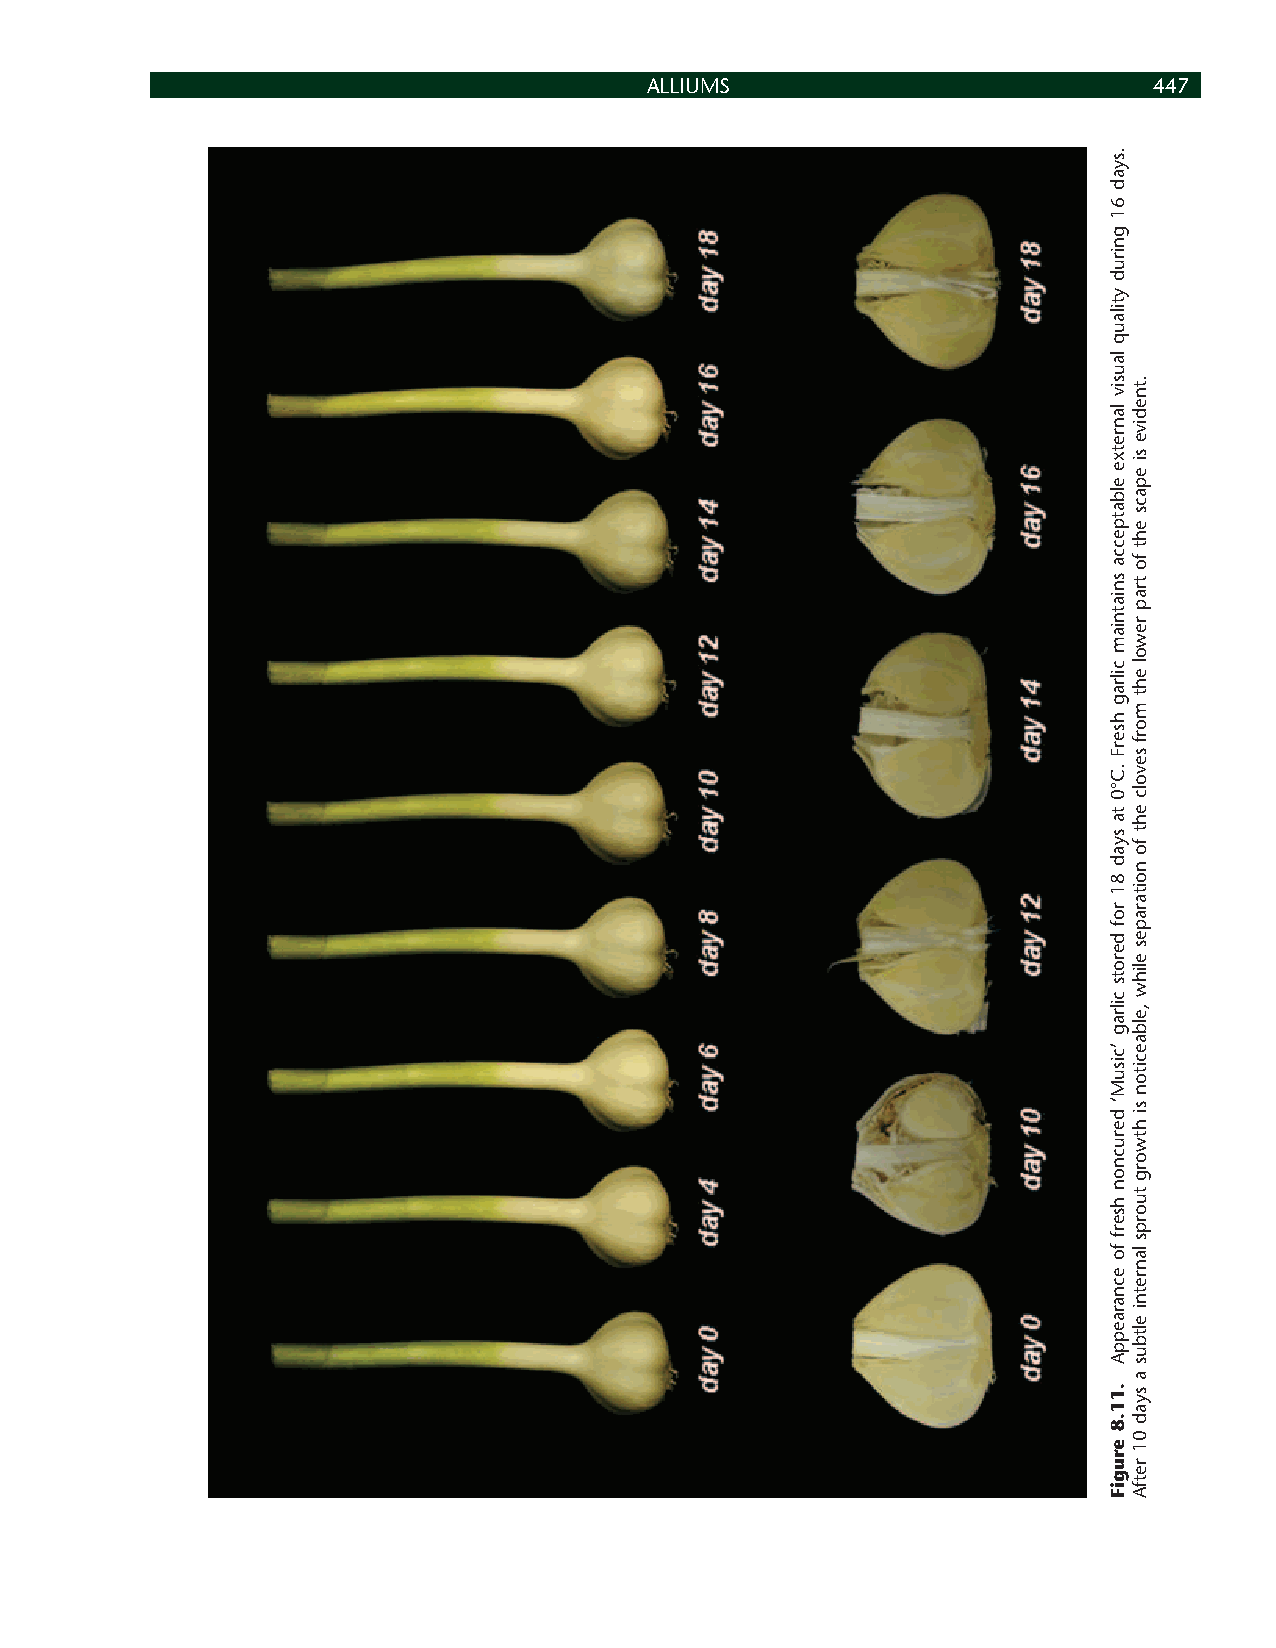
ALLIUMS                          447
 .syad
 61
 gnirud
 ytilauq
 lausiv
 lanretxe
 elbatpecca
 sniatniam
 cilrag
 hserF
 .C°0
 ta
 syad
 81
 rof
 derots
 cilrag
 ’cisuM‘
 derucnon
 hserf
 fo
 ecnaraeppA
 .11.8
 erugiF
 .tnedive
 si
 epacs
 eht
 fo
 trap
 rewol
 eht
 morf
 sevolc
 eht
 fo
 noitarapes
 elihw
 ,elbaeciton
 si
 htworg
 tuorps
 lanretni
 eltbus
 a
 syad
 01
 retfA